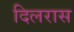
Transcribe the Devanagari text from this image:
दिलरास